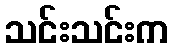
သင်းသင်းက